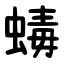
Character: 蝳